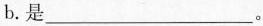
b.是___。